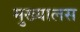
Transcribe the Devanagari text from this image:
मुख्यालस